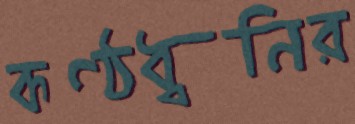
কণ্ঠধ্বনির